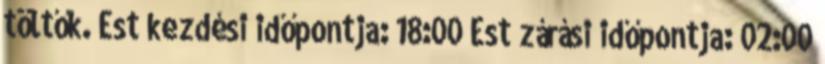
töltők. Est kezdési időpontja: 18:00 Est zárási időpontja: 02:00